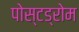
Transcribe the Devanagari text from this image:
पोस्टड्रोम